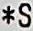
*S